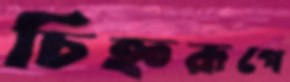
চিহ্নরূপে